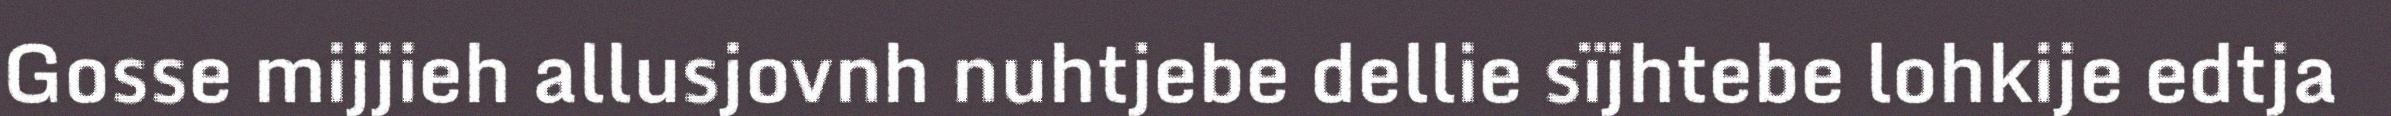
Gosse mijjieh allusjovnh nuhtjebe dellie sïjhtebe lohkije edtja